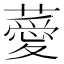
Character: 薆